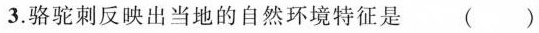
3.骆驼刺反映出当地的自然环境特征是()